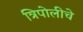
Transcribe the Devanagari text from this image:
त्रिपोलीचे